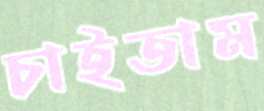
চাইতাম